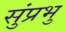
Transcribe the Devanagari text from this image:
सुंप्रभु